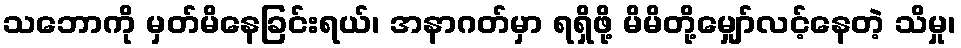
သဘောကို မှတ်မိနေခြင်းရယ်၊ အနာဂတ်မှာ ရရှိဖို့ မိမိတို့မျှော်လင့်နေတဲ့ သိမှု၊